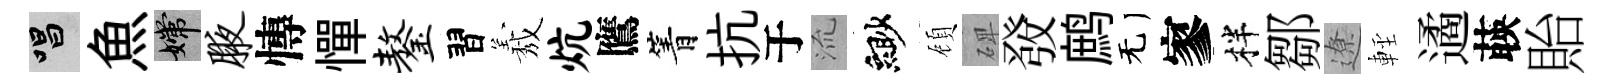
唱魚嫦腋慱憚鏊習𦏁炕鷹箐抗于𣴑緲頋𥓓𤼲鹧无寥柈鄒遼䡖遹𦴤貽